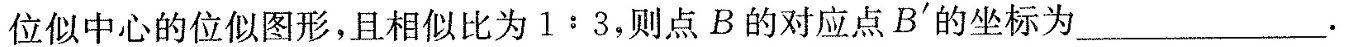
位似中心的位似图形，且相似比为 1 : 3，则点B的对应点B'的坐标为___.